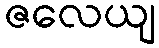
ဇလေယျ